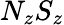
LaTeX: N_{z}S_{z}